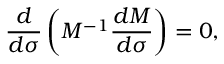
\frac { d } { d \sigma } \left( M ^ { - 1 } \frac { d M } { d \sigma } \right) = 0 ,